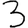
Digit: 3